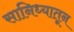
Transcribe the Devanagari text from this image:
सानिध्यातून